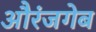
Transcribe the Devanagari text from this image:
औरंजगेब